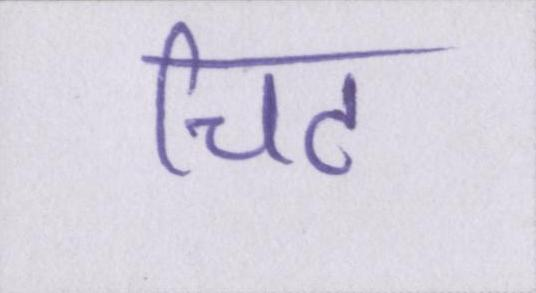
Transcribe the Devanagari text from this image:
चिट